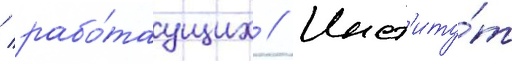
/ рабо́таущих // Инст'иту́т